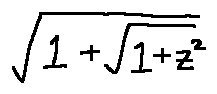
\sqrt { 1 + \sqrt { 1 + z ^ { 2 } } }